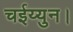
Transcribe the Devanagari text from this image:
चईय्युन।